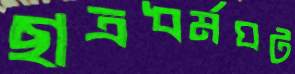
ছাত্রধর্মঘট